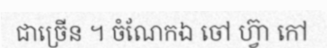
ជាច្រើន ។ ចំណែកឯ ចៅ ហ្វ៊ា កៅ